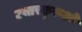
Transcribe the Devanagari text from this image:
उत्तरकुरुओं